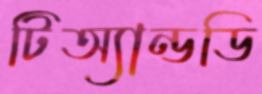
টিঅ্যান্ডডি